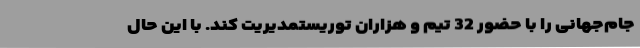
جام‌جهانی را با حضور 32 تیم و هزاران توریستمدیریت کند. با این حال